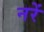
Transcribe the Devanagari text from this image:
नरें